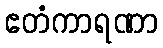
ဧတံကာရဏာ